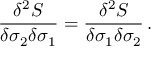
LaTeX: { \frac { \delta ^ { 2 } S } { \delta \sigma _ { 2 } \delta \sigma _ { 1 } } } = { \frac { \delta ^ { 2 } S } { \delta \sigma _ { 1 } \delta \sigma _ { 2 } } } \, .